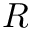
R